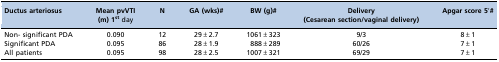
<table><thead><tr><td><b>Ductus arteriosus</b></td><td><b>Mean pvVTI (m) 1<sup>st</sup> day</b></td><td><b>N</b></td><td><b>GA (wks)#</b></td><td><b>BW (g)#</b></td><td><b>Delivery (Cesarean section/vaginal delivery)</b></td><td><b>Apgar score 5&#x27;#</b></td></tr></thead><tbody><tr><td>Non- significant PDA</td><td>0.090</td><td>12</td><td>29±2.7</td><td>1061±323</td><td>9/3</td><td>8±1</td></tr><tr><td>Significant PDA</td><td>0.095</td><td>86</td><td>28±1.9</td><td>888±289</td><td>60/26</td><td>7±1</td></tr><tr><td>All patients</td><td>0.095</td><td>98</td><td>28±2.5</td><td>1007±321</td><td>69/29</td><td>7±1</td></tr></tbody></table>